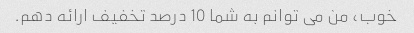
خوب، من می توانم به شما 10 درصد تخفیف ارائه دهم.